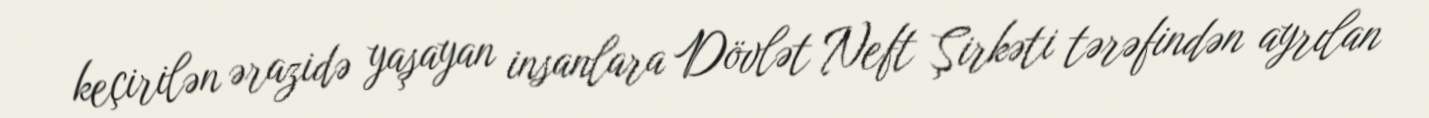
keçirilən ərazidə yaşayan insanlara Dövlət Neft Şirkəti tərəfindən ayrılan